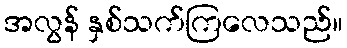
အလွန် နှစ်သက်ကြလေသည်။